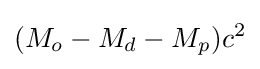
(M_{o}-M_{d}-M_{p})c^{2}